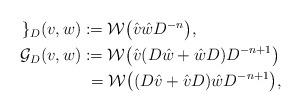
LaTeX: \begin{align*}\begin{aligned}\mathcal{g}_{D}(v,w) &:= \mathcal{W}\bigl( \hat v \hat w D^{-n}\bigr),\\\mathcal{G}_{D}(v,w) &:= \mathcal{W}\bigl( \hat v (D\hat w+\hat wD )D^{-n+1} \bigr)\\&\,\,=\mathcal{W}\bigl( (D\hat v+\hat vD ) \hat wD^{-n+1} \bigr),\end{aligned}\end{align*}